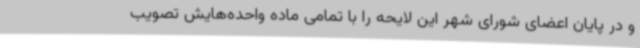
و در پایان اعضای شورای شهر این لایحه را با تمامی ماده واحده‌هایش تصویب